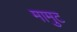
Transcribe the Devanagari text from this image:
मामुट